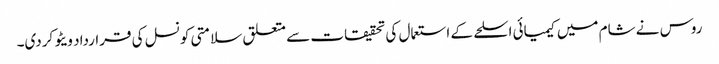
روس نے شام میں کیمیائی اسلحے کے استعمال کی تحقیقات سے متعلق سلامتی کونسل کی قرارداد ویٹو کردی۔